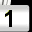
Digit: 1